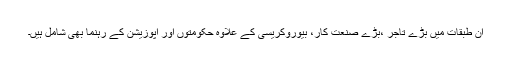
ان طبقات میں بڑے تاجر ،بڑے صنعت کار، بیوروکریسی کے علاوہ حکومتوں اور اپوزیشن کے رہنما بھی شامل ہیں۔